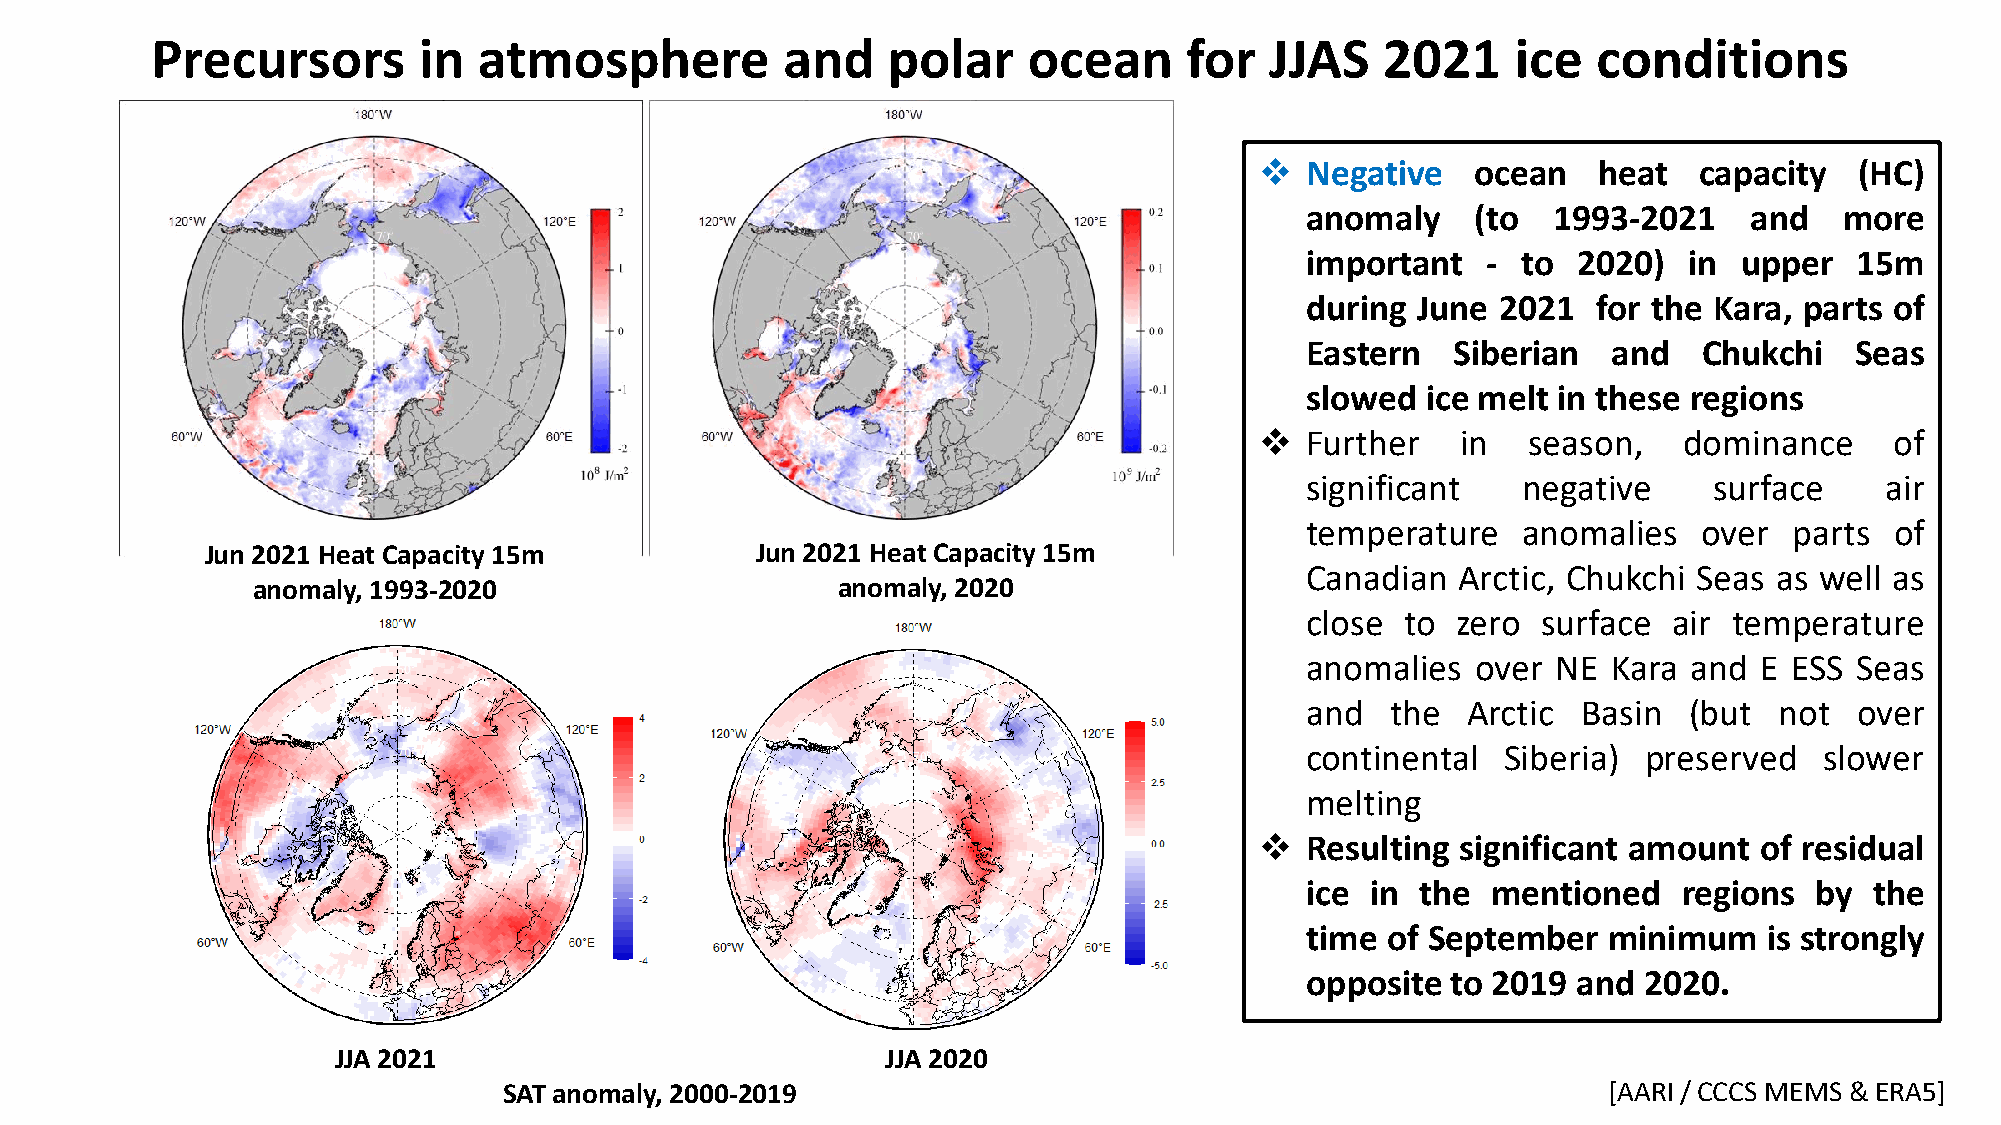
Precursors        in  atmosphere          and    polar    ocean      for  JJAS    2021    ice   conditions
 ❖  Negative    ocean   heat  capacity   (HC)
 anomaly     (to  1993-2021    and   more
 important   -  to 2020)   in upper   15m
 during  June 2021   for the Kara, parts of
 Eastern   Siberian   and   Chukchi   Seas
 slowed  ice melt in these regions
 ❖  Further    in  season,   dominance     of
 significant    negative    surface     air
 temperature    anomalies   over  parts of
 Jun 2021 Heat Capacity 15m          Jun 2021 Heat Capacity 15m
 Canadian   Arctic, Chukchi Seas as well as
 anomaly, 1993-2020                    anomaly, 2020
 close  to zero  surface  air temperature
 anomalies   over NE  Kara and E  ESS Seas
 and   the  Arctic  Basin  (but  not  over
 continental   Siberia) preserved   slower
 melting
 ❖  Resulting  significant amount of residual
 ice  in the  mentioned   regions  by  the
 time  of September  minimum    is strongly
 opposite  to 2019 and  2020.
 JJA 2021                             JJA 2020
 SAT anomaly, 2000-2019                                                   [AARI / CCCS MEMS & ERA5]